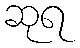
ဆုရ